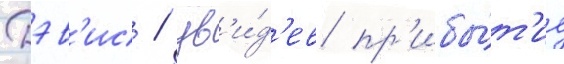
Дэв'ис / ув'и́д'ев пр'ибы́т'ие